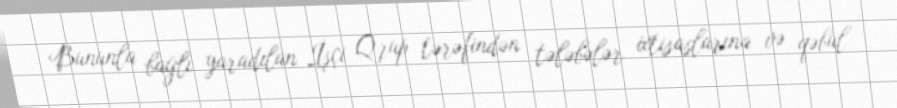
Bununla bağlı yaradılan İşçi Qrup tərəfindən tələbələr ixtisaslarına və qəbul